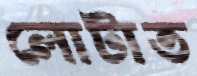
লোটাত